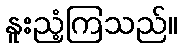
နူးညံ့ကြသည်။